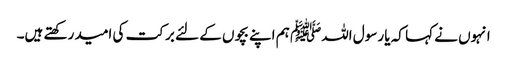
انہوں نے کہا کہ یا رسول اللہﷺ ہم اپنے بچوں کے لئے برکت کی امید رکھتے ہیں۔